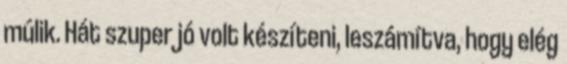
múlik. Hát szuper jó volt készíteni, leszámítva, hogy elég